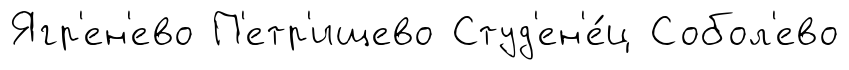
Ягр'ен'ево П'етр'ищево Студ'ен'е́ц Собол'ево